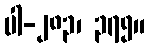
ပါ-၂၈၃၊ ၃၇၅။